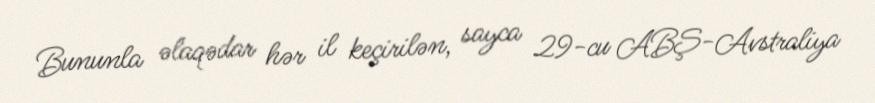
Bununla əlaqədar hər il keçirilən, sayca 29-cu ABŞ-Avstraliya